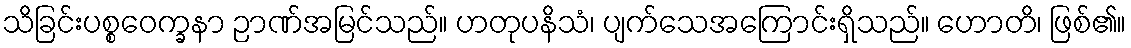
သိခြင်းပစ္စဝေက္ခနာ ဉာဏ်အမြင်သည်။ ဟတုပနိသံ၊ ပျက်သေအကြောင်းရှိသည်။ ဟောတိ၊ ဖြစ်၏။